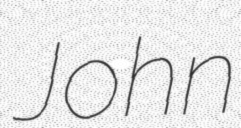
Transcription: John